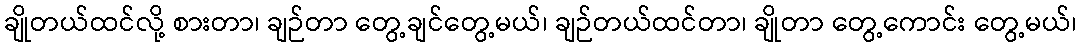
ချိုတယ်ထင်လို့ စားတာ၊ ချဉ်တာ တွေ့ချင်တွေ့မယ်၊ ချဉ်တယ်ထင်တာ၊ ချိုတာ တွေ့ကောင်း တွေ့မယ်၊